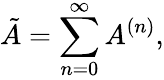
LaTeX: \tilde{A}=\sum_{n=0}^{\infty}A^{(n)},